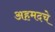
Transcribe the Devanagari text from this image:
अहमदचे